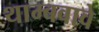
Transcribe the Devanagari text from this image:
थाम्बवावे